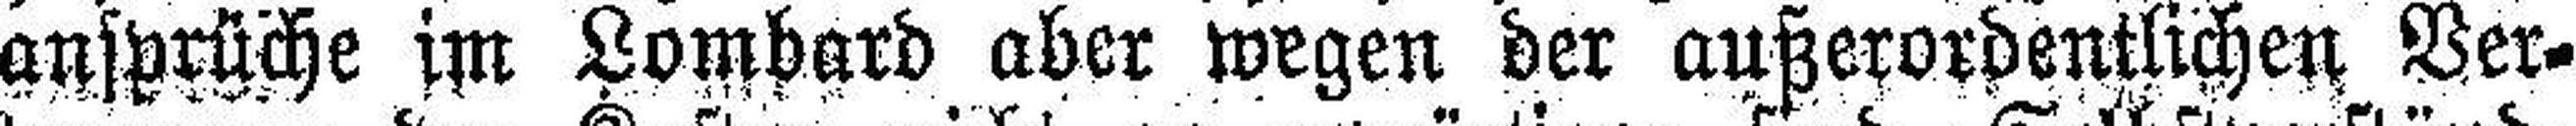
ansprüche im Lombard aber wegen der außerordentlichen Ver¬